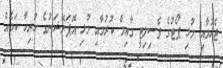
ޖެހުމާއި މުޅި ޕޯޓުގެ ފެސިލިޓީ ގާއިމް ކުރުމާއި މުޅި އޮޕަރޭޝަނުގެ ހުރިހާ ކަމެއް